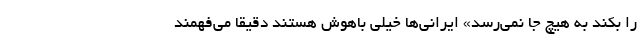
را بکند به هیچ جا نمی‌رسد» ایرانی‌ها خیلی باهوش هستند دقیقا می‌فهمند